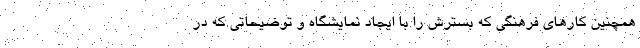
همچنین کارهای فرهنگی که بسترش را با ایجاد نمایشگاه و توضیحاتی که در